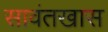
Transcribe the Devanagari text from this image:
सावंतखास